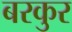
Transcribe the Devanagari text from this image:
बरकुर